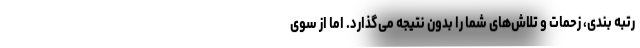
رتبه بندی، زحمات و تلاش‌های شما را بدون نتیجه می‌گذارد. اما از سوی